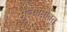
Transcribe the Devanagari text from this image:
मुल्यासोबत